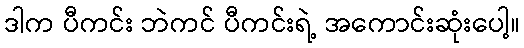
ဒါက ပီကင်း ဘဲကင် ပီကင်းရဲ့ အကောင်းဆုံးပေါ့။